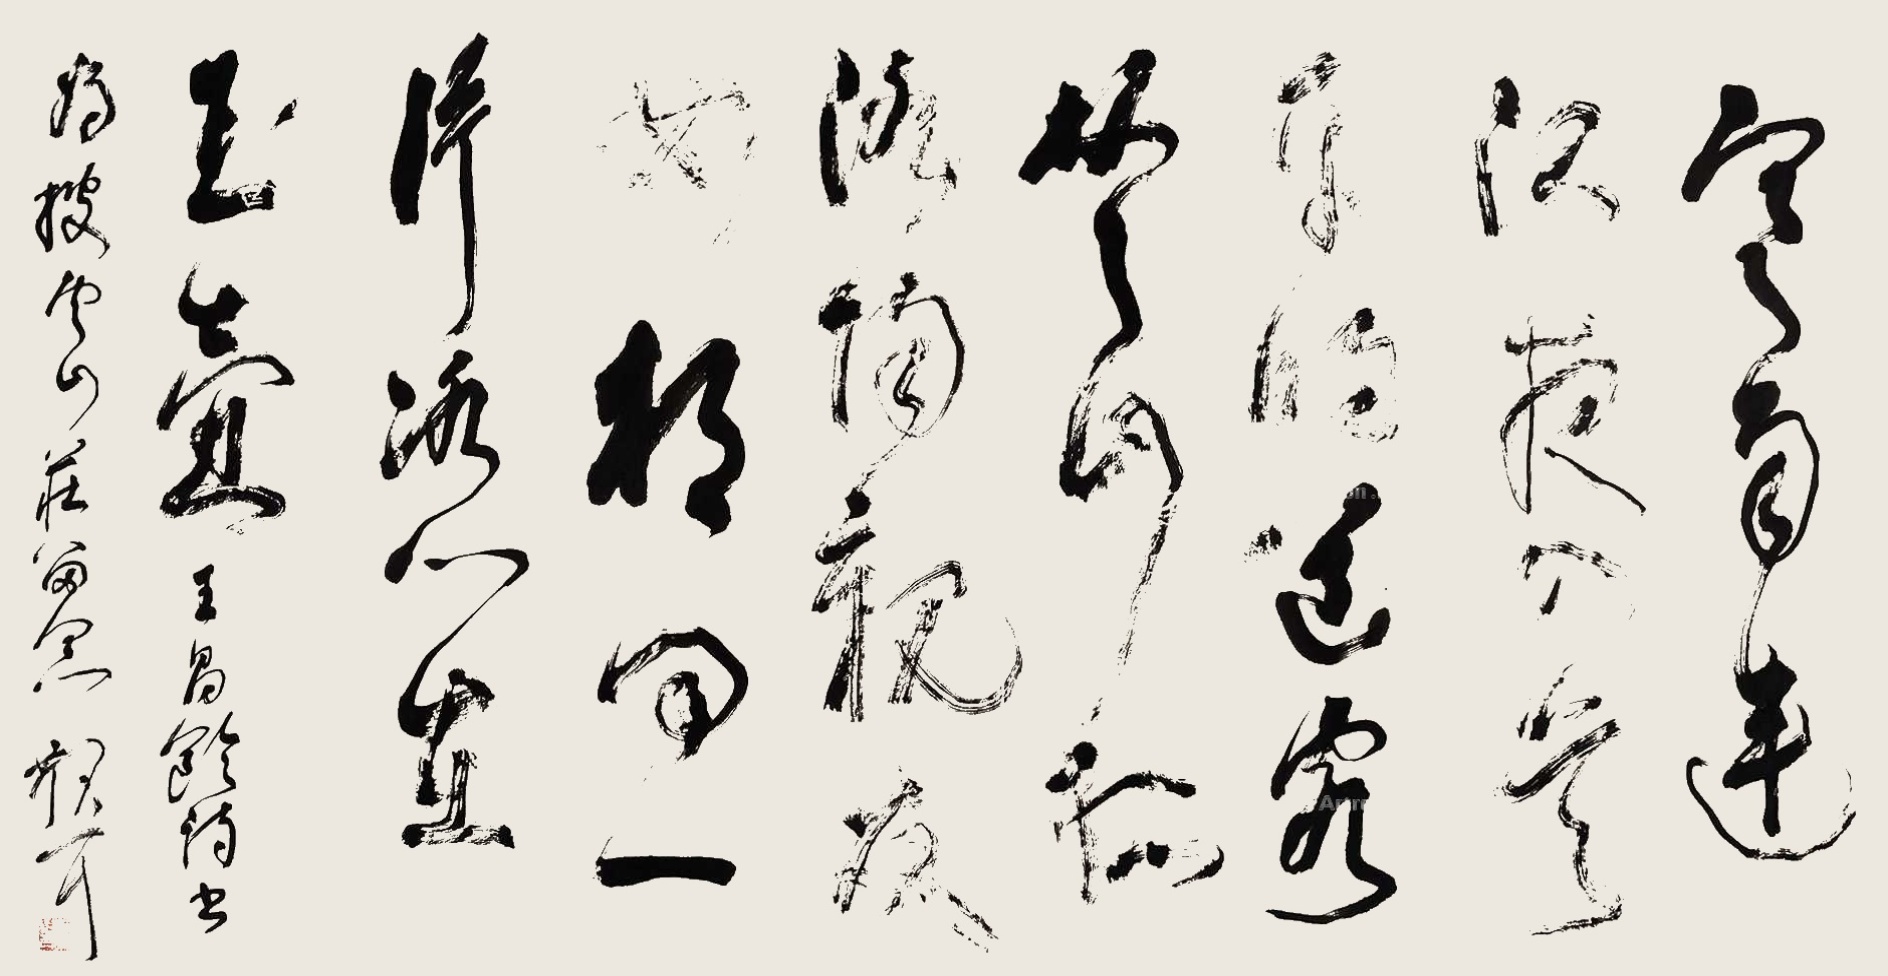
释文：寒雨连江夜入吴，平明送客楚山孤。洛阳亲友如相问，一片冰心在玉壶。王昌龄诗，书为披云山庄留念，散耳。